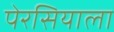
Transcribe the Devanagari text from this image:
पेरसियाला